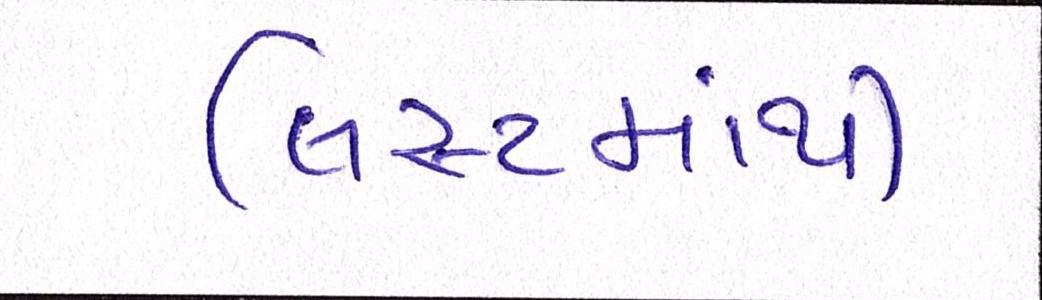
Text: લિસ્ટમાંથી